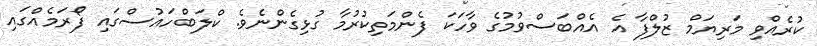
ކުރެއްވި މަރިޔަމް ޒުލްފާ އެ އެއްބަސްވުމުގެ ވާހަކަ ފެންމަތިކުރުމާ ގުޅިގެންނެވެ. ކްލަބްހައުސްގައި ފޯރަމެއްގައި